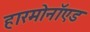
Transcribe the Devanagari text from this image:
हारमोनॉएड